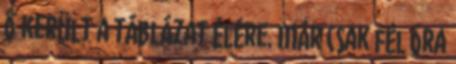
ő került a táblázat élére. Már csak fél óra